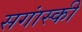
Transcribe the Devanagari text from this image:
सगांस्की